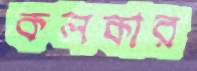
কলকার